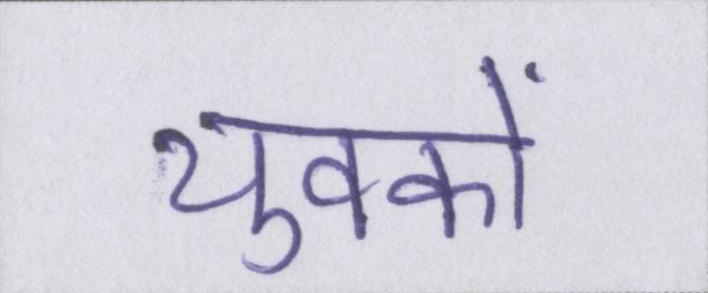
युवकों